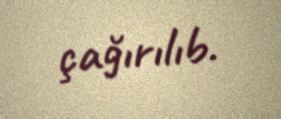
çağırılıb.